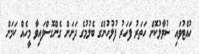
ހުއްޓުވައި ސުވާލުކޮށް ހަތަރު ފަހަރު ފުލުހުންގެ ބެލުމުގެ ދަށަށް ގެންގޮސްފައިވާ މީހެއް ކަމަށް